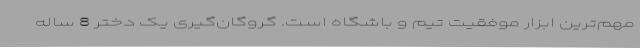
مهم‌ترین ابزار موفقیت تیم و باشگاه است. گروگان‌گیری یک دختر 8 ساله